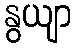
နွယျာ